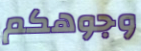
وجوهكم